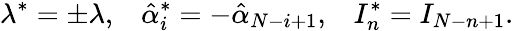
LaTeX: \lambda^{*}=\pm\lambda,\; \; \; \hat{\alpha}_{i}^{*}=-\hat{\alpha}_{N-i+1},\; \; \; I_{n}^{*}=I_{N-n+1}.